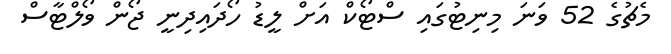
މެޗުގެ 52 ވަނަ މިނިޓުގައި ސްޓޯކް އަށް ލީޑު ހޯދައިދިނީ ޖޯން ވޯލްޓާސް